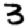
Digit: 3